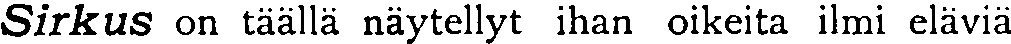
Sirkus on täällä näytellyt ihan oikeita ilmi eläviä